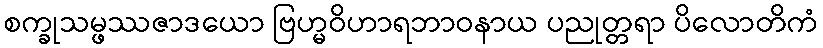
စက္ခုသမ္ဖဿဇာဒယော ဗြဟ္မဝိဟာရဘာဝနာယ ပညုတ္တရာ ပိလောတိကံ